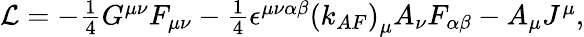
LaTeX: \begin{array}{r}{\mathrm{{\mathcal{L}}}=-\frac{1}{4}G^{\mu\nu}F_{\mu\nu}-\frac{1}{4}\epsilon^{\mu\nu\alpha\beta}\left(k_{AF}\right)_{\mu}A_{\nu}F_{\alpha\beta}-A_{\mu}J^{\mu},}\end{array}